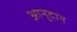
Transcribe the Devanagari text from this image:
आनुदान